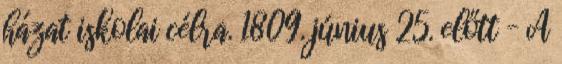
házat iskolai célra. 1809. június 25. előtt – A